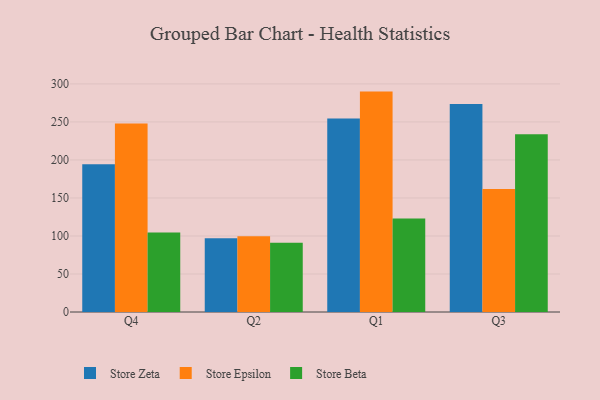
{"axis": {"x": "Quarter", "y": "Tickets Resolved"}, "legend": ["Store Beta", "Store Epsilon", "Store Zeta"], "data": [{"x": "Q4", "y": 194.5, "type": "Store Zeta"}, {"x": "Q4", "y": 247.8, "type": "Store Epsilon"}, {"x": "Q4", "y": 104.7, "type": "Store Beta"}, {"x": "Q2", "y": 96.9, "type": "Store Zeta"}, {"x": "Q2", "y": 99.6, "type": "Store Epsilon"}, {"x": "Q2", "y": 91.0, "type": "Store Beta"}, {"x": "Q1", "y": 254.4, "type": "Store Zeta"}, {"x": "Q1", "y": 289.9, "type": "Store Epsilon"}, {"x": "Q1", "y": 122.9, "type": "Store Beta"}, {"x": "Q3", "y": 273.5, "type": "Store Zeta"}, {"x": "Q3", "y": 161.8, "type": "Store Epsilon"}, {"x": "Q3", "y": 233.7, "type": "Store Beta"}]}